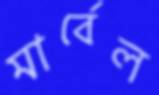
মার্বেল